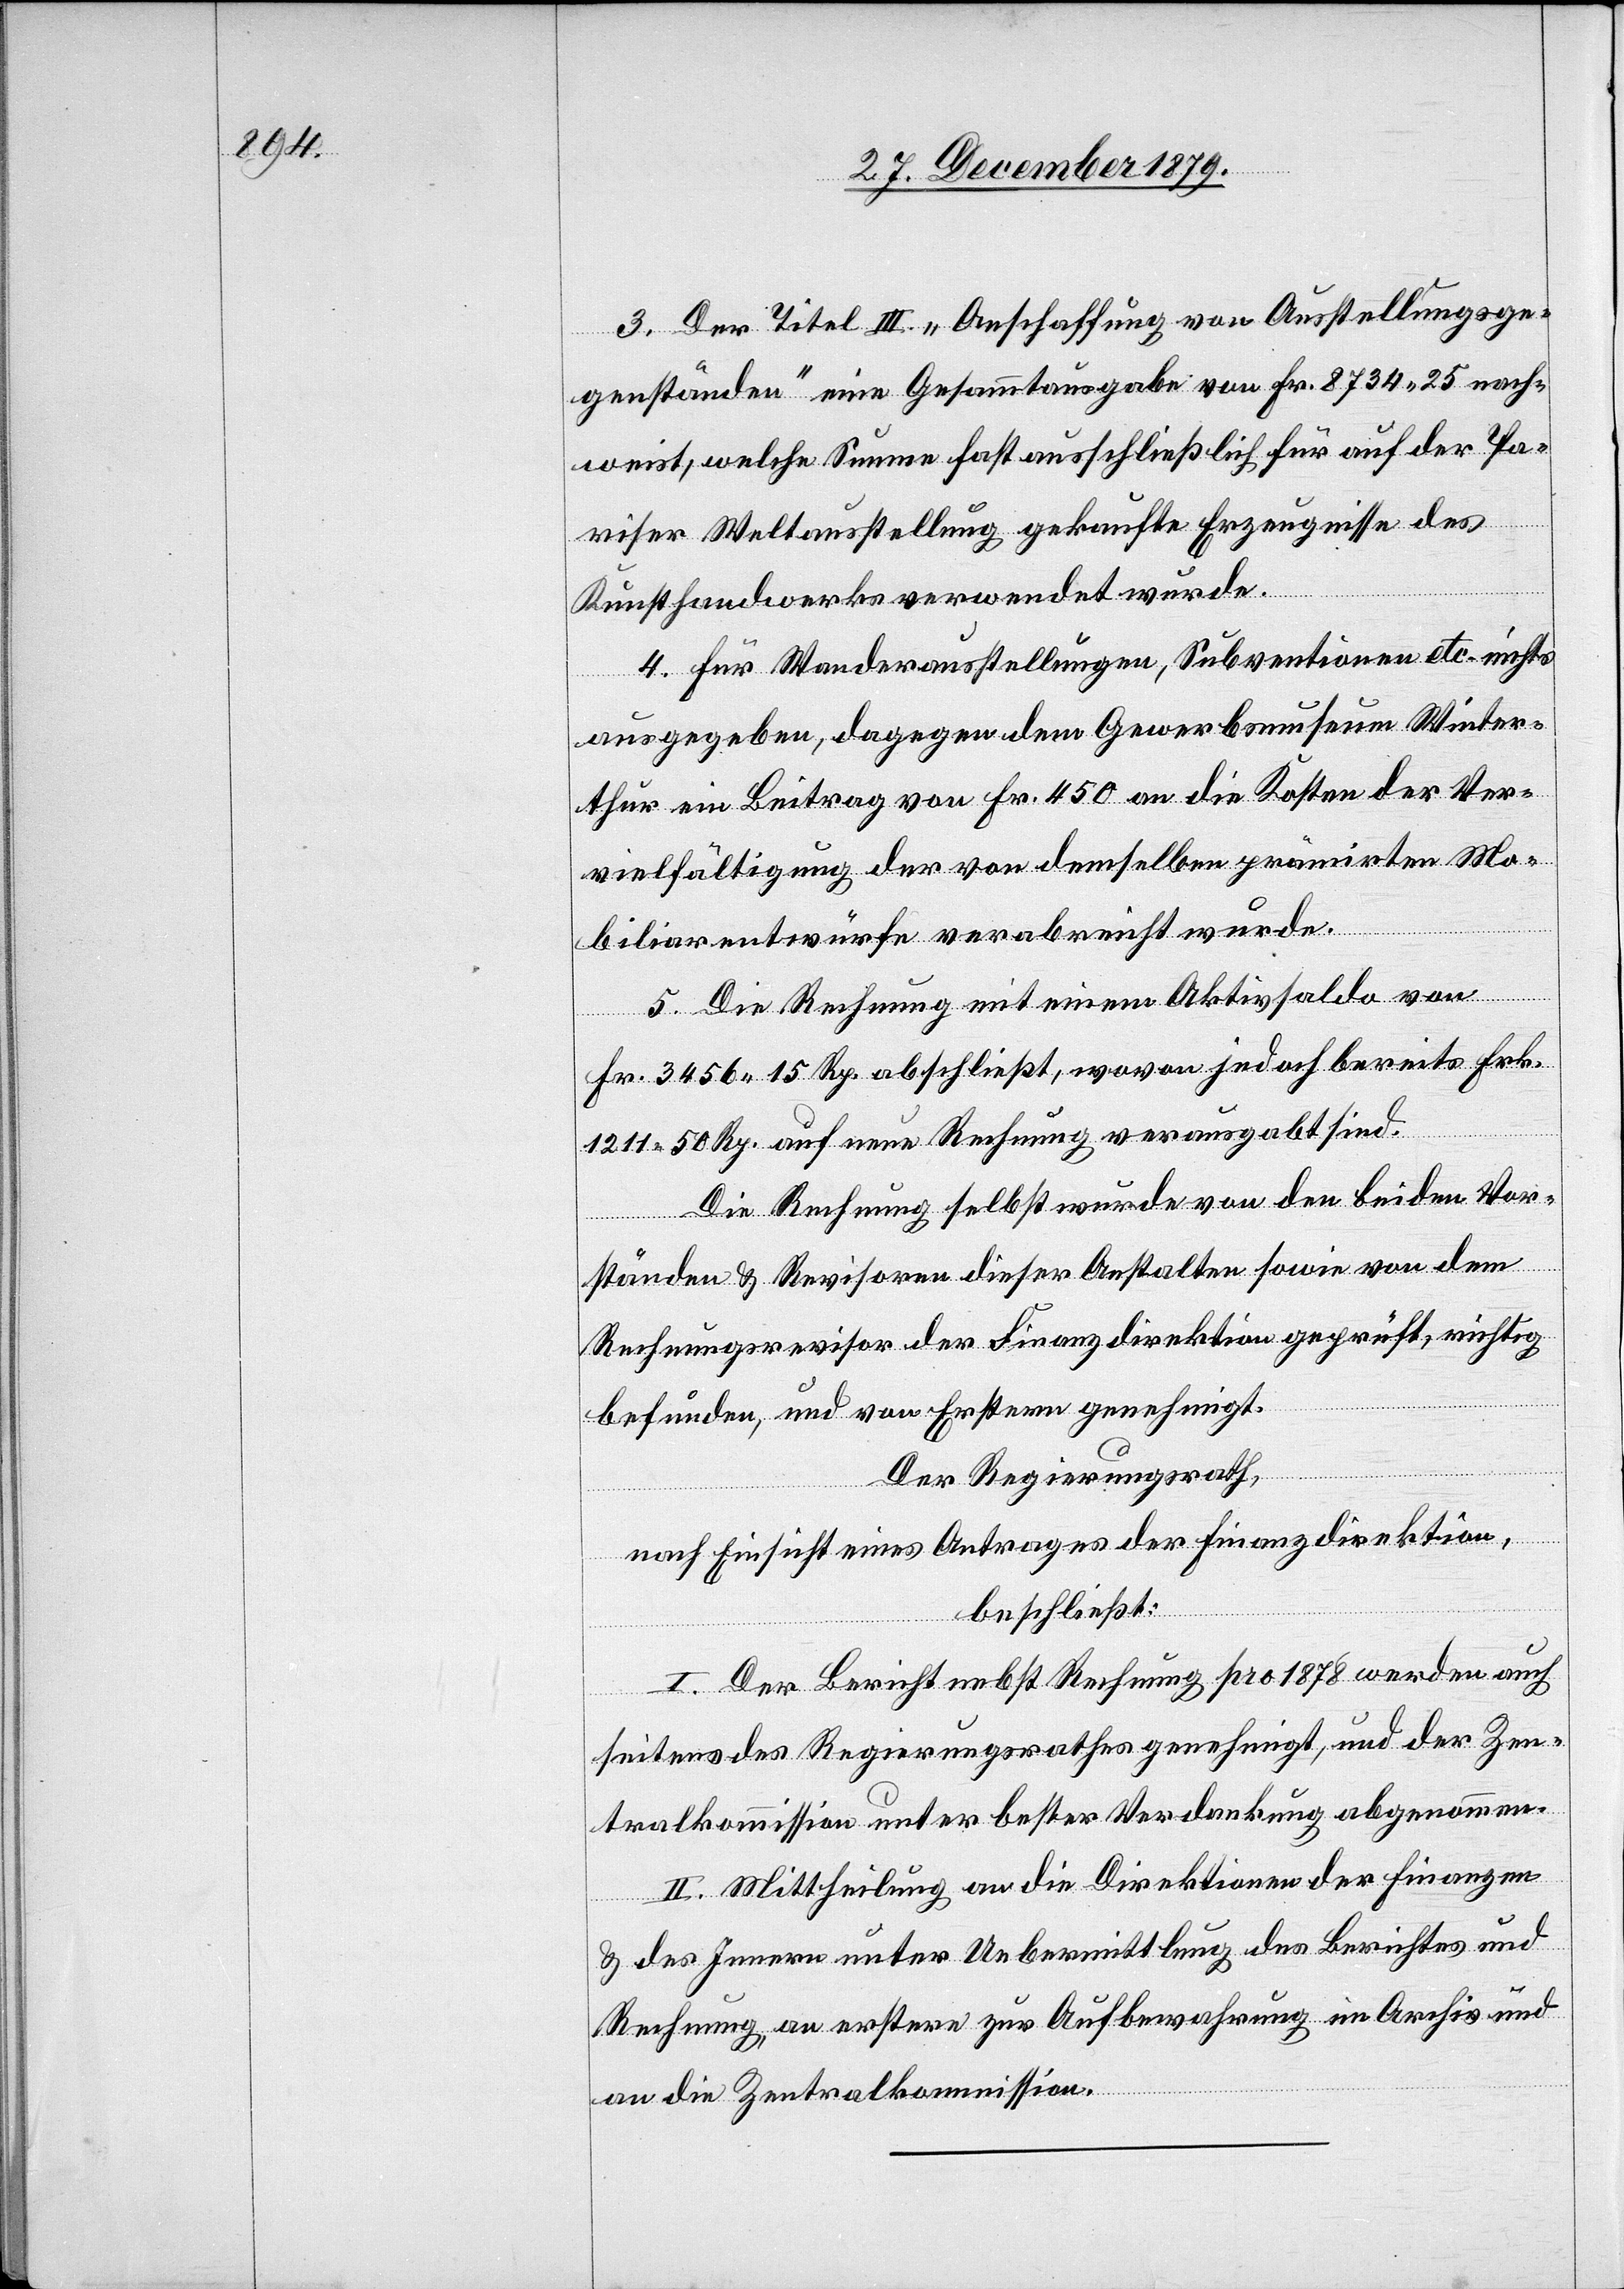
3. Der Titel III „Anschaffung von Ausstellungsge¬
genständen“ eine Gesammtausgabe von Fr. 8734 25 nach¬
weist, welche Summe fast ausschließlich für auf der Pa¬
riser Weltausstellung gekaufte Erzeugnisse des
Kunsthandwerks verwendet wurde.
4. Für Wanderausstellungen, Subventionen etc. nichts
ausgegeben, dagegen dem Gewerbsmuseum Winter¬
thur ein Beitrag von Fr. 450 an die Kosten der Ver¬
vielfältigung der von demselben prämirten Mo¬
biliarentwürfe verabreicht wurde.
5. Die Rechnung mit einem Aktivsaldo von
Fr. 3456 15 Rp. abschließt, wovon jedoch bereits Frk.
1211 50 Rp. auf neue Rechnung verausgabt sind.
Die Rechnung selbst wurde von den beiden Vor¬
ständen & Revisoren dieser Anstalten sowie von dem
Rechnungsrevisor der Finanzdirektion geprüft, richtig
befunden, und von Ersterm genehmigt.
Der Regierungsrath,
nach Einsicht eines Antrages der Finanzdirektion,
beschließt:
I. Der Bericht nebst Rechnung pro 1878 werden auch
seitens des Regierungsrathes genehmigt, und der Zen¬
tralkommission unter bester Verdankung abgenommen.
II. Mittheilung an die Direktionen der Finanzen
& des Innern unter Uebermittlung des Berichtes und
Rechnung, an erstere zur Aufbewahrung im Archiv und
an die Zentralkommission.